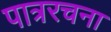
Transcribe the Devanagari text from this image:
पात्ररचना